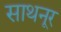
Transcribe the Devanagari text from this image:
साथनूर